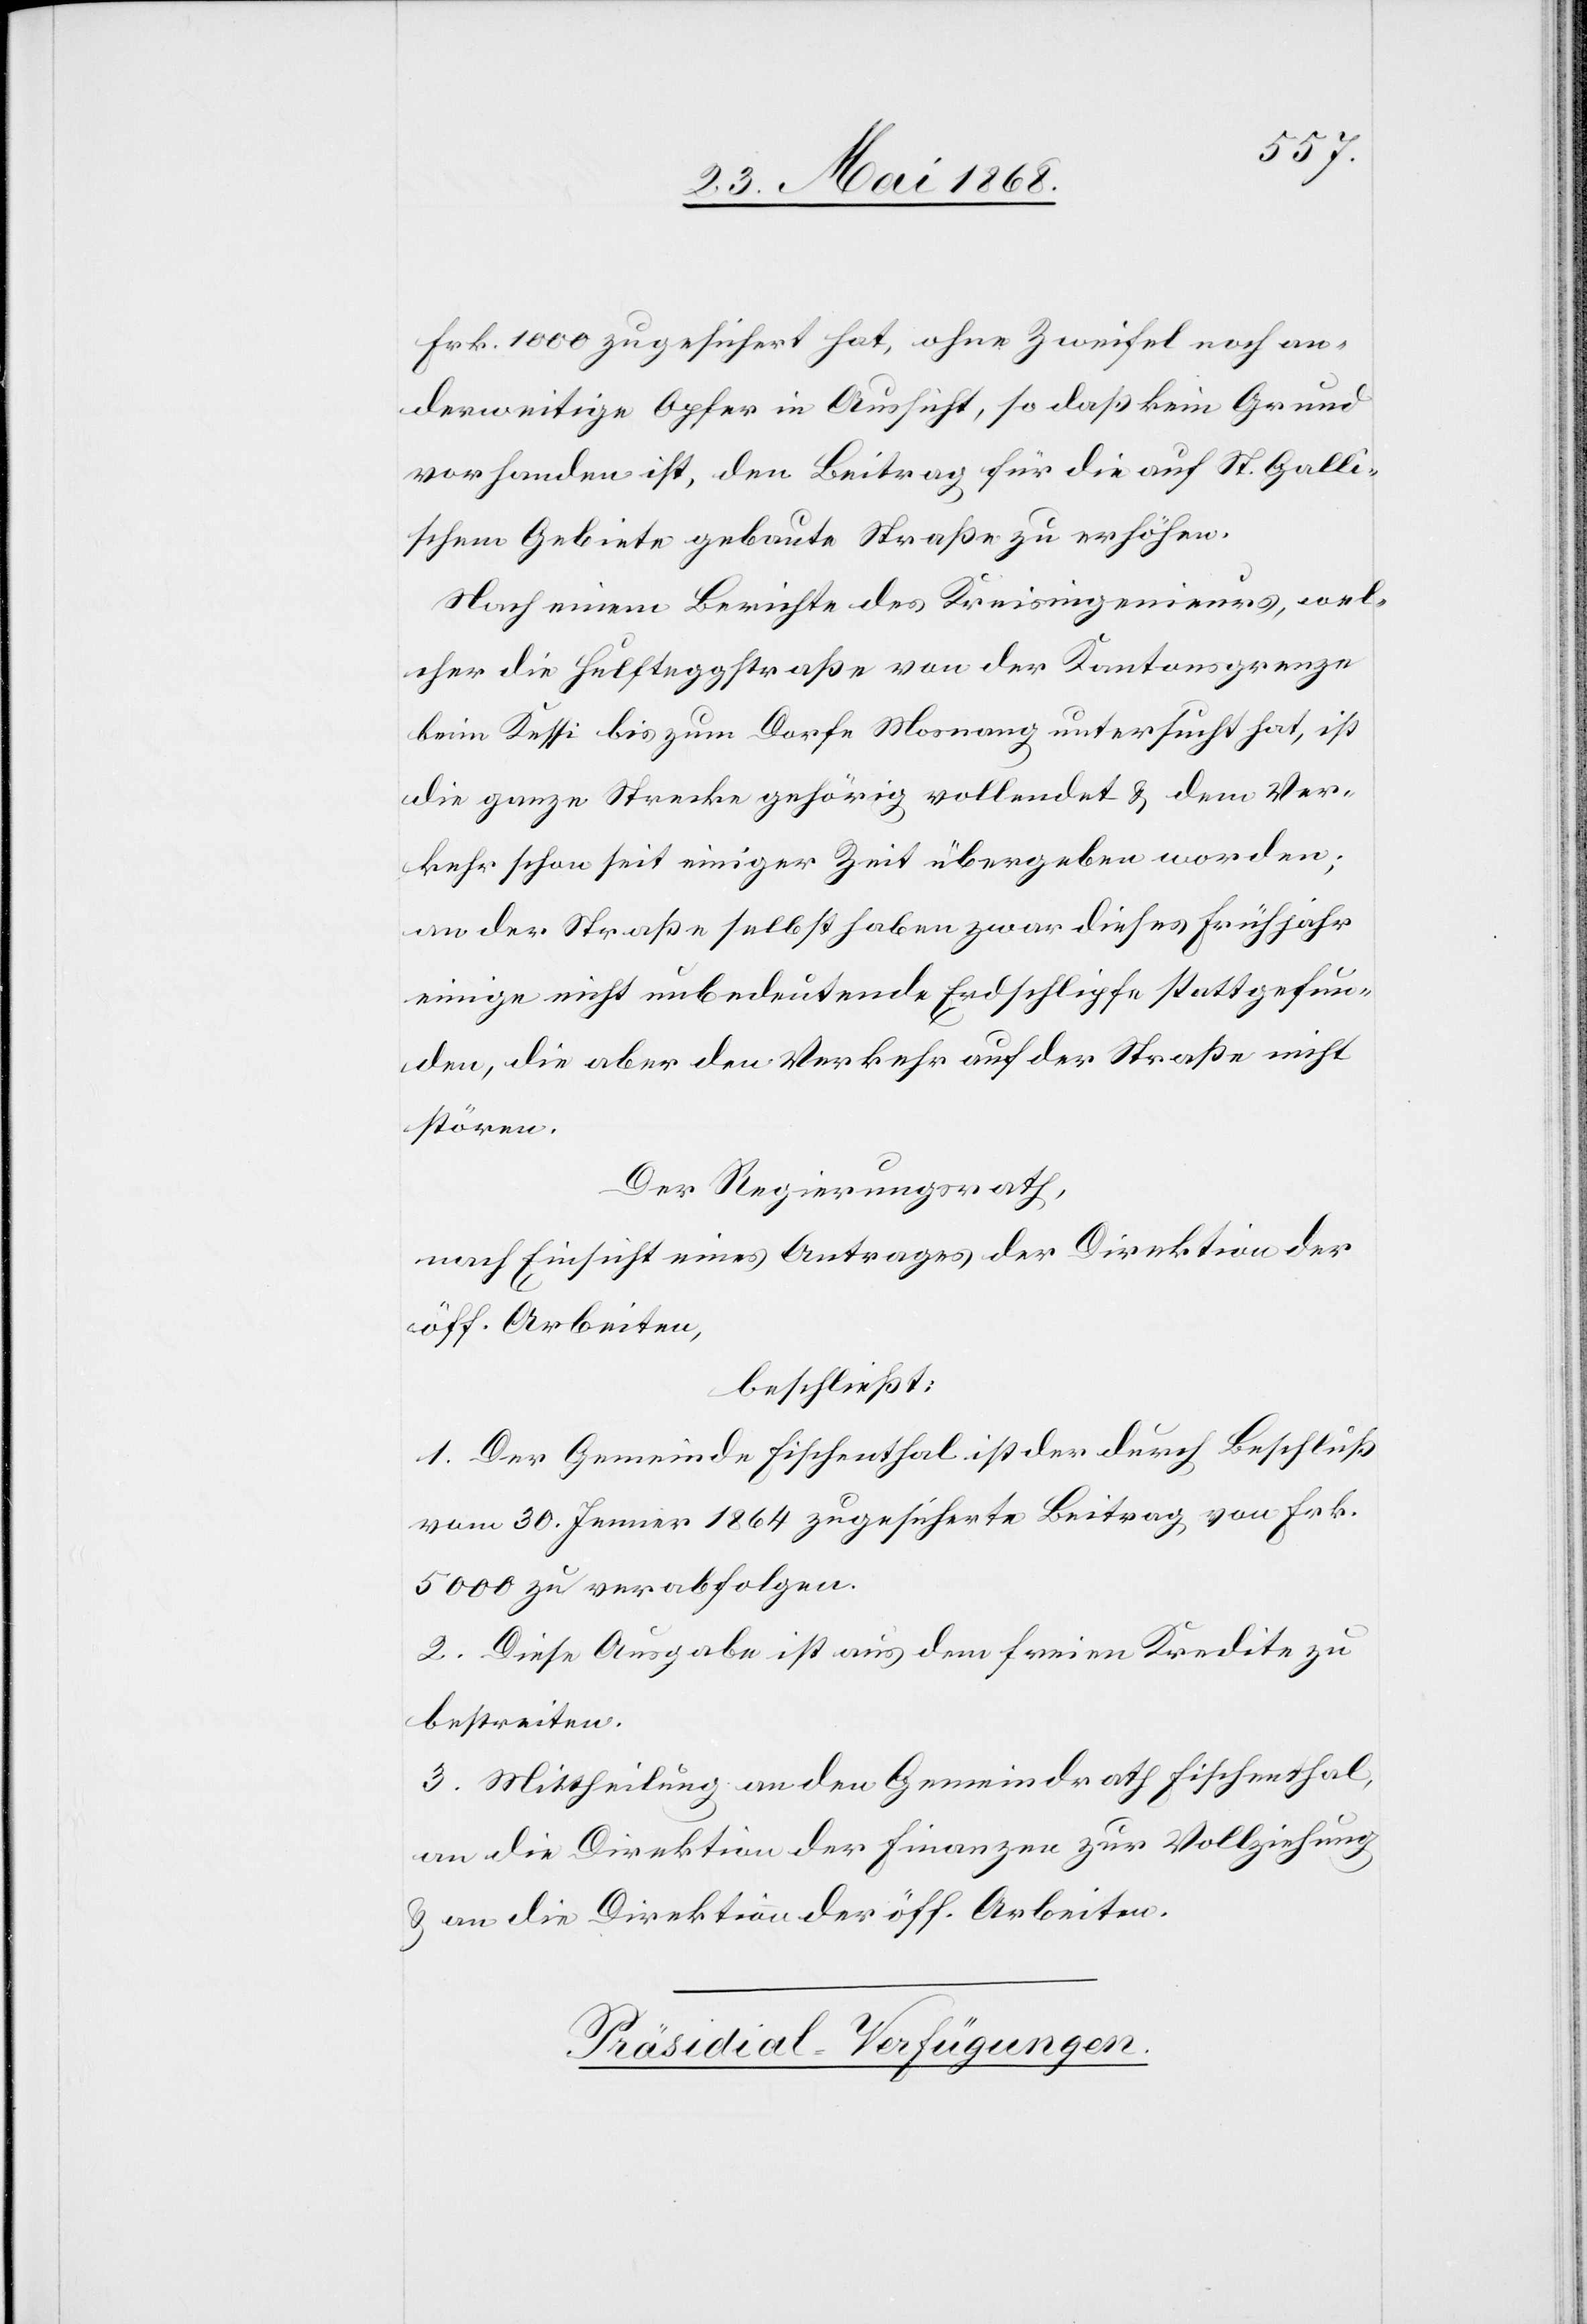
Frk. 1000 zugesichert hat, ohne Zweifel noch an¬
derweitige Opfer in Aussicht, so daß kein Grund
vorhanden ist, den Beitrag für die auf St. Galli¬
schem Gebiete gebaute Straße zu erhöhen.
Nach einem Berichte des Kreisingenieurs, wel¬
cher die Hulfteggstraße von der Kantonsgrenze
beim Kessi bis zum Dorfe Mosnang untersucht hat, ist
die ganze Strecke gehörig vollendet & dem Ver¬
kehr schon seit einiger Zeit übergeben worden;
an der Straße selbst haben zwar dieses Frühjahr
einige nicht unbedeutende Erdschlipfe stattgefun¬
den, die aber den Verkehr auf der Straße nicht
stören.
Der Regierungsrath,
nach Einsicht eines Antrages der Direktion der
öff. Arbeiten,
beschließt:
1. Der Gemeinde Fischenthal ist der durch Beschluß
vom 30. Jenner 1864 zugesicherte Beitrag von Frk.
5000 zu verabfolgen.
2. Diese Ausgabe ist aus dem freien Kredite zu
bestreiten.
3. Mittheilung an den Gemeindrath Fischenthal,
an die Direktion der Finanzen zur Vollziehung
& an die Direktion der öff. Arbeiten.
Präsidial-Verfügungen.